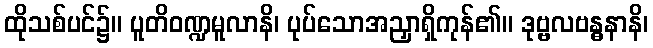
ထိုသစ်ပင်၌။ ပူတိဝဏ္ဍမူလာနိ၊ ပုပ်သောအညှာရှိကုန်၏။ ဒုဗ္ဗလဗန္ဓနာနိ၊